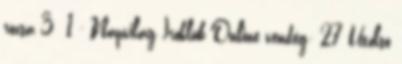
rózsa 3 1 - Napvilág Íróklub Online vendég: 27 Utolsó